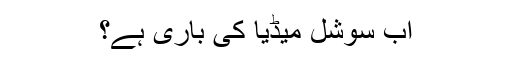
اب سوشل میڈیا کی باری ہے؟